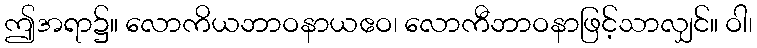
ဤအရာ၌။ လောကိယဘာဝနာယဧဝ၊ လောကီဘာဝနာဖြင့်သာလျှင်။ ဝါ၊